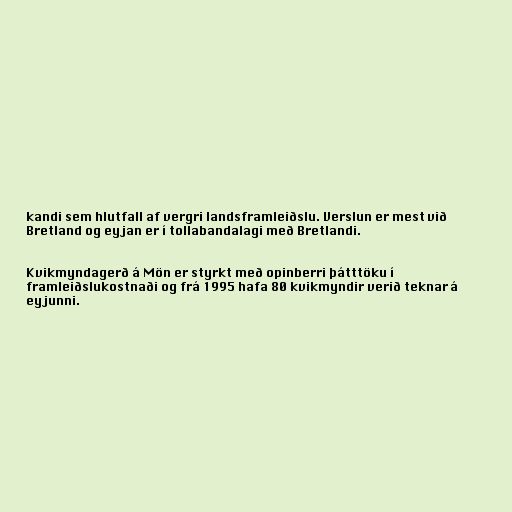
kandi sem hlutfall af vergri landsframleiðslu. Verslun er mest við
Bretland og eyjan er í tollabandalagi með Bretlandi.

Kvikmyndagerð á Mön er styrkt með opinberri þátttöku í
framleiðslukostnaði og frá 1995 hafa 80 kvikmyndir verið teknar á
eyjunni.